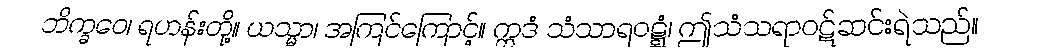
ဘိက္ခဝေ၊ ရဟန်းတို့။ ယသ္မာ၊ အကြင်ကြောင့်။ ဣဒံ သံသာရဝဋ္ဋံ၊ ဤသံသရာဝဋ်ဆင်းရဲသည်။